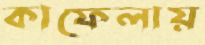
কাফেলায়